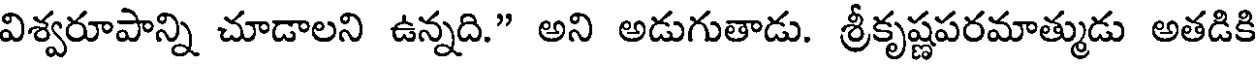
విశ్వరూపాన్ని చూడాలని ఉన్నది." అని అడుగుతాడు. శ్రీకృష్ణపరమాత్ముడు అతడికి